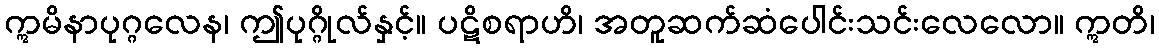
ဣမိနာပုဂ္ဂလေန၊ ဤပုဂ္ဂိုလ်နှင့်။ ပဋိစရာဟိ၊ အတူဆက်ဆံပေါင်းသင်းလေလော။ ဣတိ၊